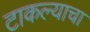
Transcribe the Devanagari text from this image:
टाकल्याचा